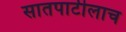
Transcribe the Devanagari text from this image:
सातपाटीलाच